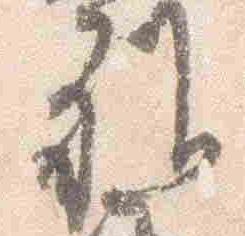
雅